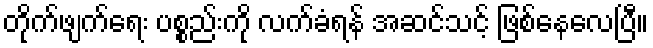
တိုက်ဖျက်ရေး ပစ္စည်းကို လက်ခံရန် အဆင်သင့် ဖြစ်နေလေပြီ။